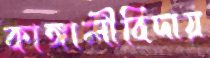
কাঙ্গালীবিদায়